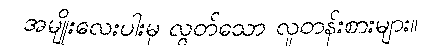
အမျိုးလေးပါးမှ လွတ်သော လူတန်းစားများ။